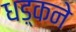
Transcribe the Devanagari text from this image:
धड़्कने